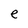
Character: e